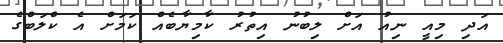
އަދި މިއީ ނިއު އަށް ލިބުނު އިތުރު ކާމިޔާބެއް ކަމަށް އެ ކްލަބްގެ